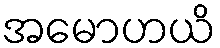
အမောဟယိ